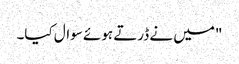
"میں نے ڈرتے ہوئے سوال کیا۔